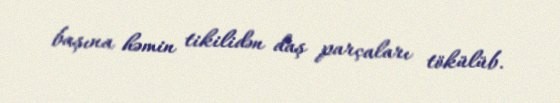
başına həmin tikilidən daş parçaları tökülüb.